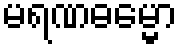
မရဏဓမ္မော